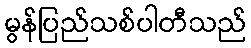
မွန်ပြည်သစ်ပါတီသည်